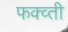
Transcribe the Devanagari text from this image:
फक्व्ती